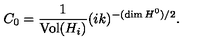
C _ { 0 } = \frac { 1 } { \mathrm { V o l } ( H _ { i } ) } ( i k ) ^ { - ( \dim H ^ { 0 } ) / 2 } .